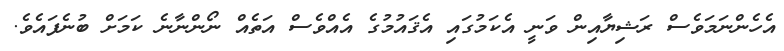
އެހެންނަމަވެސް ރަޝިޔާއިން ވަނީ އެކަމުގައި އެޤައުމުގެ އެއްވެސް އަތެއް ނޯންނާނެ ކަމަށް ބުނެފައެވެ.